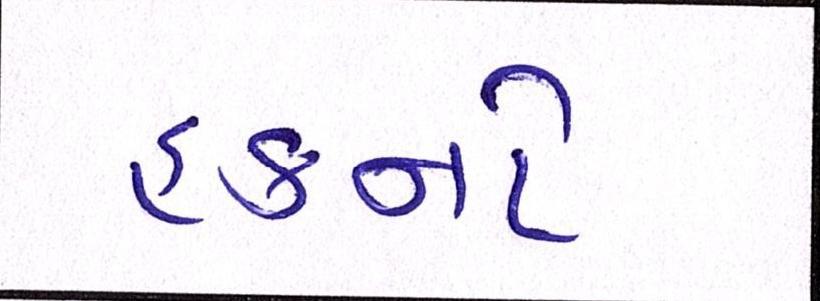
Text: હકનો